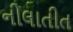
નીલાતીત